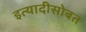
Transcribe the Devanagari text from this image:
इत्यादीसोबत